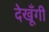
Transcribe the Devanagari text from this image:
देखूँगी